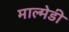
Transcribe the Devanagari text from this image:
माल्मेडी